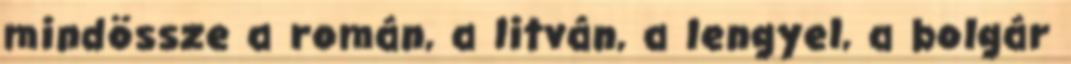
mindössze a román, a litván, a lengyel, a bolgár